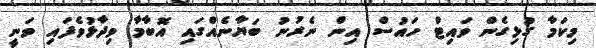
މިކަމާ ގުޅިގެން ވައިޓް ހައުސް އިން ނެރުނު ބަޔާނެއްގައި އޮބާމާ ވިދާޅުވެފައި ވަނީ